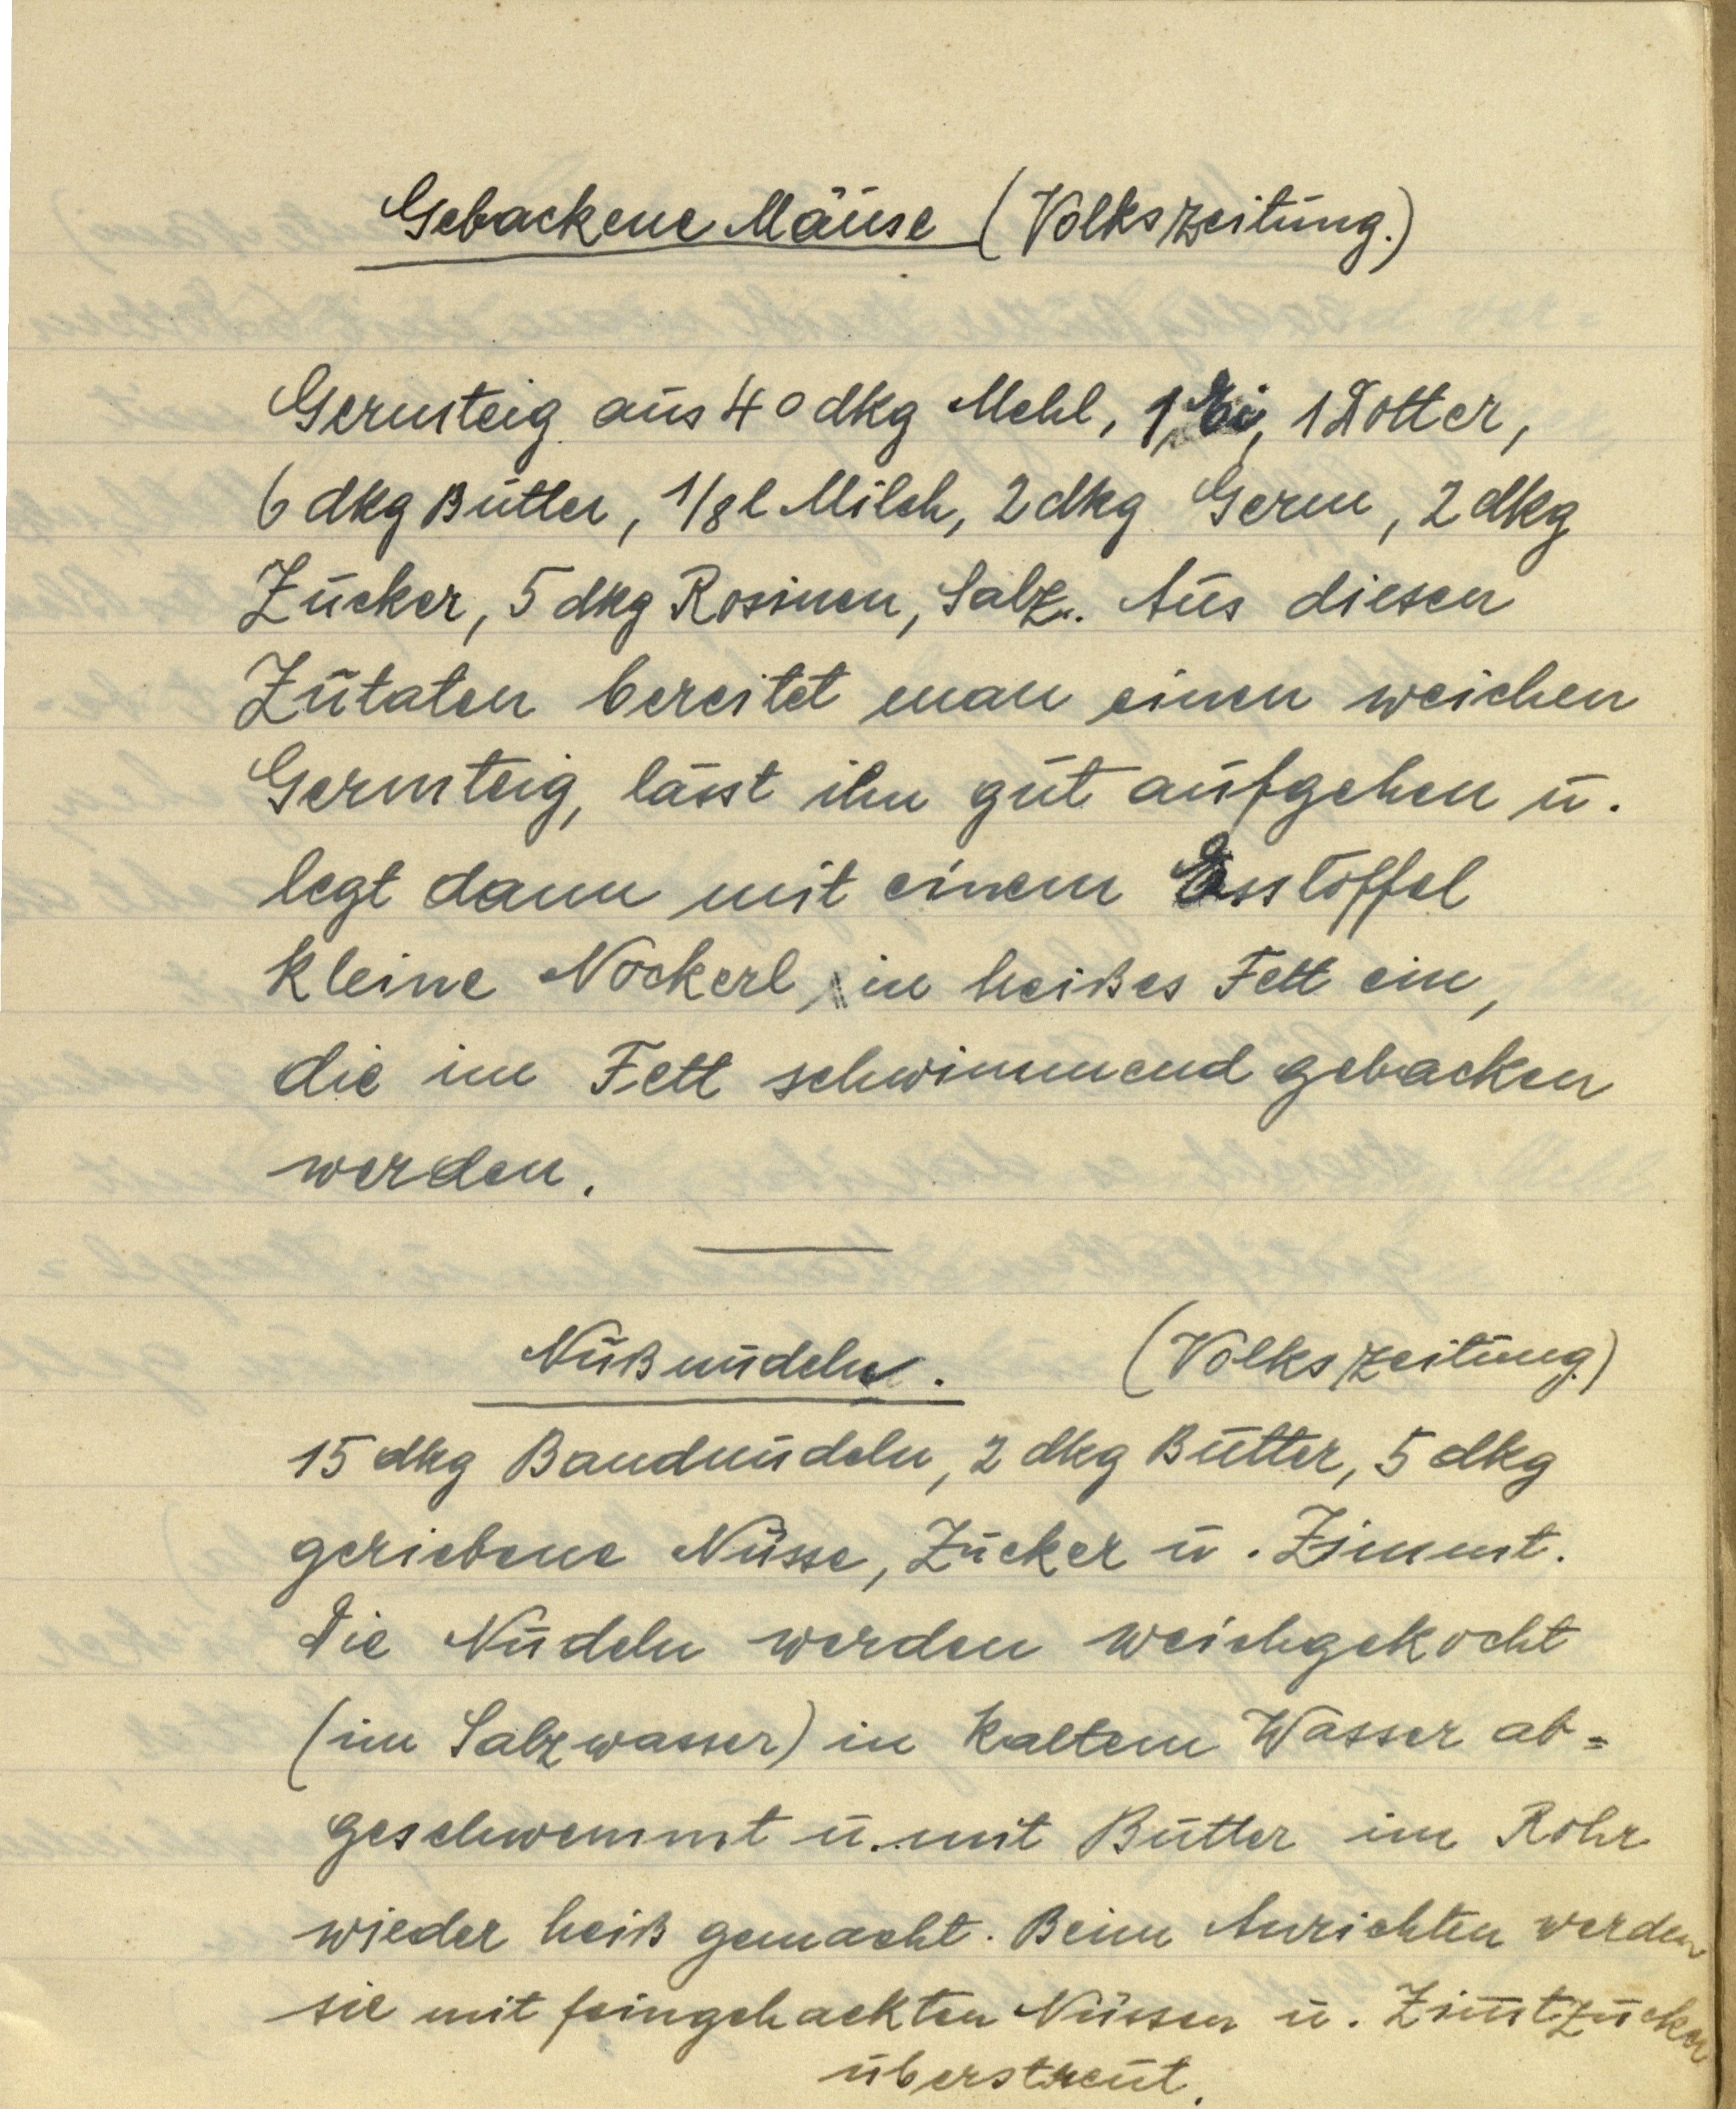
Gebackene Mäuse (Volkszeitung.)

Germteig aus 40 dkg Mehl, 1 Ei, 1 Dotter,
6 dkg Butter, ⅛ l Milch, 2 dkg Germ, 2 dkg
Zucker, 5 dkg Rosinen, Salz. Aus diesen
Zutaten bereitet man einen weichen
Germteig, lässt ihn gut aufgehen u.
legt dann mit einem Esslöffel
kleine Nockerl in heißes Fett ein,
die im Fett schwimmend gebacken
werden.

Nußnudeln. (Volkszeitung.)
15 dkg Bandnudeln, 2 dkg Butter, 5 dkg
geriebene Nüsse, Zucker u. Zimmt.
Die Nudeln werden weichgekocht
(in Salzwasser) in kaltem Wasser ab¬
geschwemmt u. mit Butter im Rohr
wieder heiß gemacht. Beim Anrichten werden
sie mit feingehackten Nüssen u. Zimmtzucker
überstreut.